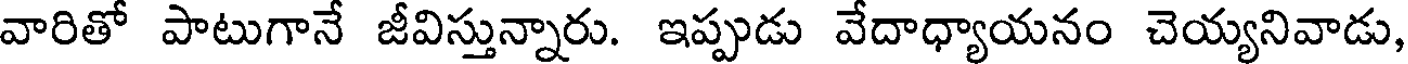
వారితో పాటుగానే జీవిస్తున్నారు. ఇప్పుడు వేదాధ్యాయనం చెయ్యనివాడు,